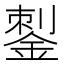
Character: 𰼶